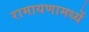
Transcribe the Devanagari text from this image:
रामायणामध्यें